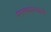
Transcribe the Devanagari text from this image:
मंगलकारकांची